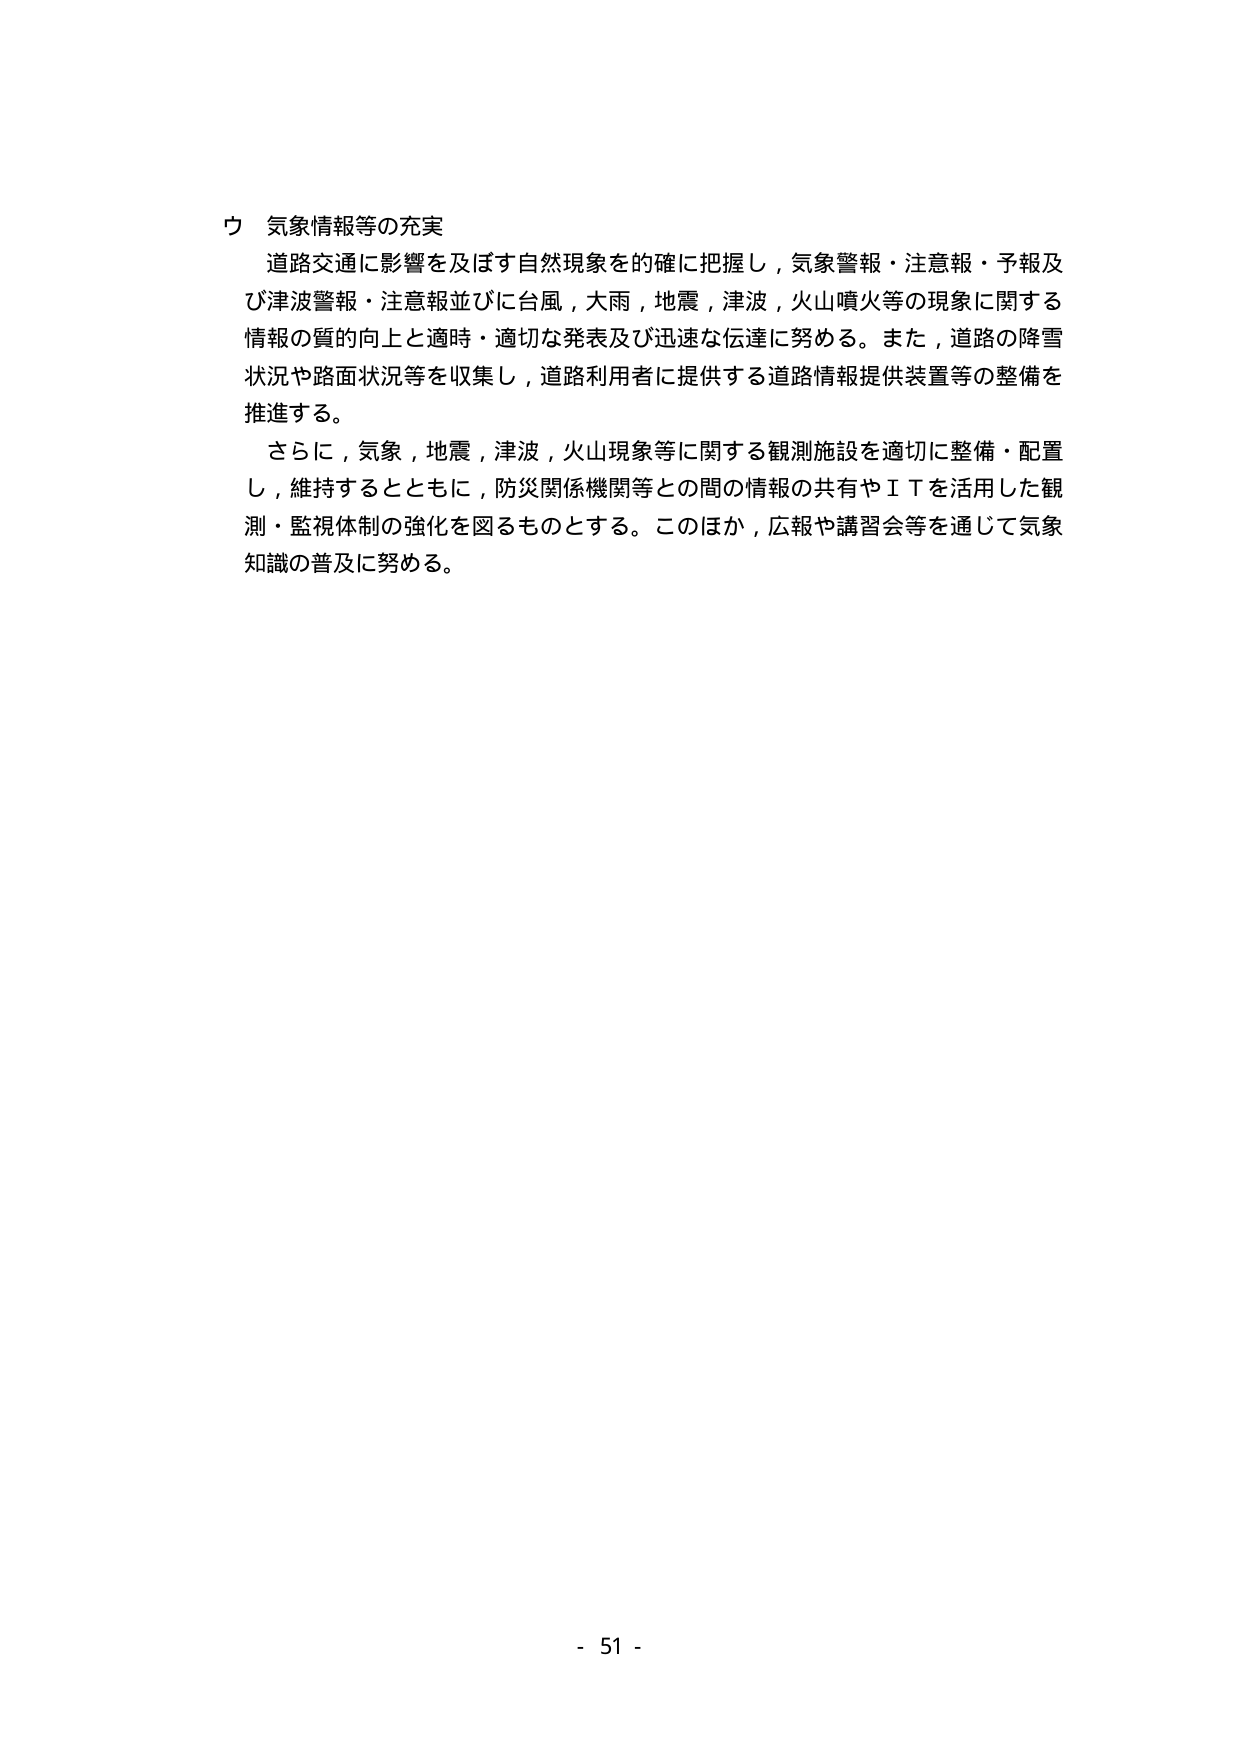
ウ 気象情報等の充実
道路交通に影響を及ぼす自然現象を的確に把握し，気象警報・注意報・予報及び津波警報・注意報並びに台風，大雨，地震，津波，火山噴火等の現象に関する情報の質の向上と適時・適切な発表及び迅速な伝達に努める。また，道路の降雪状況や路面状況等を収集し，道路利用者に提供する道路情報提供装置等の整備を推進する。
さらに，気象，地震，津波，火山現象等に関する観測施設を適切に整備・配置し，維持するとともに，防災関係機関等との間の情報の共有やＩＴを活用した観測・監視体制の強化を図るものとする。このほか，広報や講習会等を通じて気象知識の普及に努める。
- 51 -